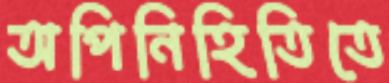
অপিনিহিতিতে